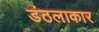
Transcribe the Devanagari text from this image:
डंठलाकार